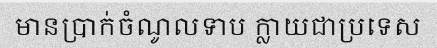
មានប្រាក់ចំណូលទាប ក្លាយជាប្រទេស